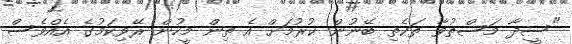
"ސީދާ މަސްތުވާ ތަކެތި ބޭނުން ކުރުމަށް އެ ތިން މީހުން ރޭވިކަމުގެ އެއްވެސް